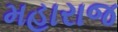
મહારાજ